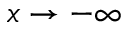
x \to - \infty